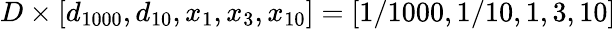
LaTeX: D\times[d_{1000},d_{10},x_{1},x_{3},x_{10}]=[1/1000,1/10,1,3,10]